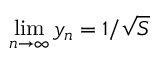
\operatorname* { l i m } _ { n \to \infty } y _ { n } = 1 / { \sqrt { S } }